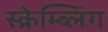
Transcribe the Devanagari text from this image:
स्क्रेम्ब्लिंग